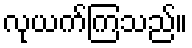
လုယက်ကြသည်။